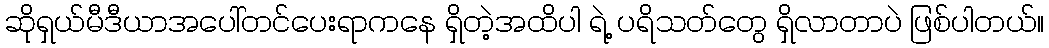
ဆိုရှယ်မီဒီယာအပေါ်တင်ပေးရာကနေ ရှိတဲ့အထိပါ ရဲ့ ပရိသတ်တွေ ရှိလာတာပဲ ဖြစ်ပါတယ်။